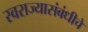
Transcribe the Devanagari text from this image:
स्वराज्यासंबंधीचे